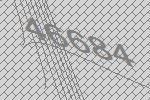
46684